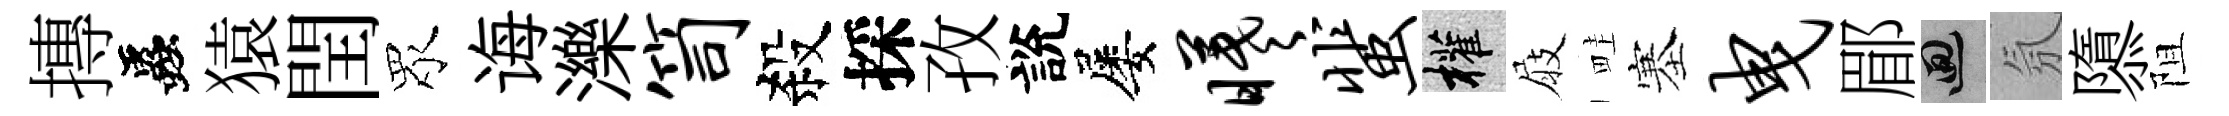
摶蟲猿閏眾诲濼笥殺採孜說屡曦蜚權屐畦塞曳郿回氛隳阻